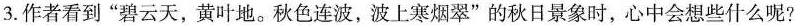
3. 作者看到”碧云天，黄叶地。秋色连波，波上寒烟翠”的秋日景象时，心中会想些什么呢？